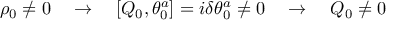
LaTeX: \rho _ { 0 } \not = 0 \quad \rightarrow \quad [ Q _ { 0 } , \theta _ { 0 } ^ { a } ] = i \delta \theta _ { 0 } ^ { a } \not = 0 \quad \rightarrow \quad Q _ { 0 } \not = 0